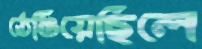
ঠেঙিয়েছিলে